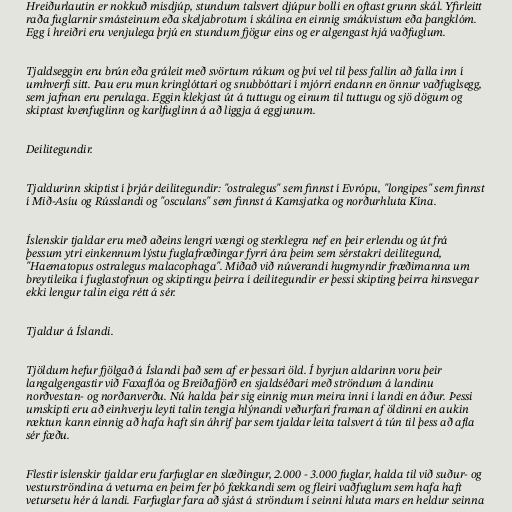
Hreiðurlautin er nokkuð misdjúp, stundum talsvert djúpur bolli en oftast grunn skál. Yfirleitt
raða fuglarnir smásteinum eða skeljabrotum í skálina en einnig smákvistum eða þangklóm.
Egg í hreiðri eru venjulega þrjú en stundum fjögur eins og er algengast hjá vaðfuglum.

Tjaldseggin eru brún eða gráleit með svörtum rákum og því vel til þess fallin að falla inn í
umhverfi sitt. Þau eru mun kringlóttari og snubbóttari í mjórri endann en önnur vaðfuglsegg,
sem jafnan eru perulaga. Eggin klekjast út á tuttugu og einum til tuttugu og sjö dögum og
skiptast kvenfuglinn og karlfuglinn á að liggja á eggjunum.

Deilitegundir.

Tjaldurinn skiptist í þrjár deilitegundir: "ostralegus" sem finnst í Evrópu, "longipes" sem finnst
í Mið-Asíu og Rússlandi og "osculans" sem finnst á Kamsjatka og norðurhluta Kína.

Íslenskir tjaldar eru með aðeins lengri vængi og sterklegra nef en þeir erlendu og út frá
þessum ytri einkennum lýstu fuglafræðingar fyrri ára þeim sem sérstakri deilitegund,
"Haematopus ostralegus malacophaga". Miðað við núverandi hugmyndir fræðimanna um
breytileika í fuglastofnun og skiptingu þeirra í deilitegundir er þessi skipting þeirra hinsvegar
ekki lengur talin eiga rétt á sér.

Tjaldur á Íslandi.

Tjöldum hefur fjölgað á Íslandi það sem af er þessari öld. Í byrjun aldarinn voru þeir
langalgengastir við Faxaflóa og Breiðafjörð en sjaldséðari með ströndum á landinu
norðvestan- og norðanverðu. Nú halda þeir sig einnig mun meira inni í landi en áður. Þessi
umskipti eru að einhverju leyti talin tengja hlýnandi veðurfari framan af öldinni en aukin
ræktun kann einnig að hafa haft sín áhrif þar sem tjaldar leita talsvert á tún til þess að afla
sér fæðu.

Flestir íslenskir tjaldar eru farfuglar en slæðingur, 2.000 - 3.000 fuglar, halda til við suður- og
vesturströndina á veturna en þeim fer þó fækkandi sem og fleiri vaðfuglum sem hafa haft
vetursetu hér á landi. Farfuglar fara að sjást á ströndum í seinni hluta mars en heldur seinna